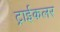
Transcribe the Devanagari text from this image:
ट्राईकलर